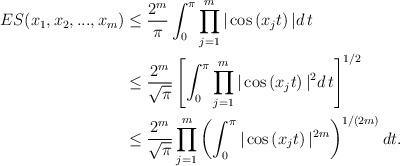
LaTeX: \begin{align*}ES(x_1,x_2,...,x_m)&\le \frac{2^{m}}{\pi} \int_0^{\pi} \prod_{j=1}^m |\cos\left(x_j t \right)|d\,t \\&\le\displaystyle \frac{2^{m}}{\sqrt{\pi}}\left[\int_0^{\pi} \prod_{j=1}^m |\cos\left(x_j t \right)|^2d\,t \right]^{1/2}\\&\le\frac{2^{m}}{\sqrt{\pi}} \prod_{j=1}^m \left(\int_0^{\pi} |\cos\left(x_j t \right)|^{2m}\right)^{1/{(2m)}}dt.\end{align*}